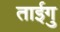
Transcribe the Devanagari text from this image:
ताईगु